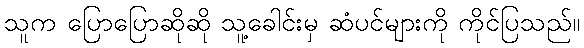
သူက ပြောပြောဆိုဆို သူ့ခေါင်းမှ ဆံပင်များကို ကိုင်ပြသည်။